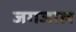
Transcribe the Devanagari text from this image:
जगजाल